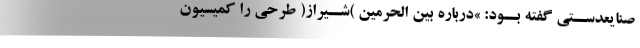
صنایعدســتی گفته بــود: »درباره بین الحرمین )شــیراز( طرحی را کمیسیون